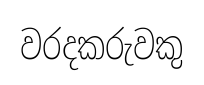
වරදකරුවකු